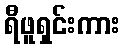
ရီဖူရှင်းကား